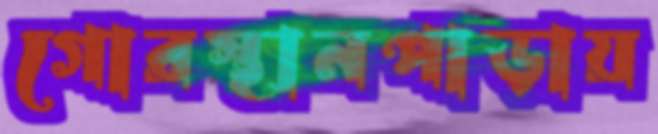
গোরস্থানপাড়ায়